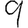
Digit: 9